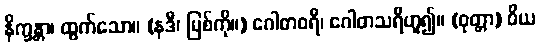
နိက္ခန္တာ၊ ထွက်သော။ (နဒီ၊ မြစ်ကို။) ဂေါဓာဝရီ၊ ဂေါဓာသရီဟူ၍။ (ဝုတ္တာ) ဝိယ